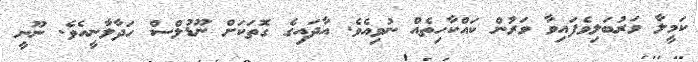
ކަމީލާ ވަރުބަލިވެފައިވާ ވަރުން ކައްކާހިތެއް ނުވިއެވެ. އާދައިގެ ގޮތަކަށް ނޫޑުލްސް ހަދާލާނީއެވެ. ނޫނީ